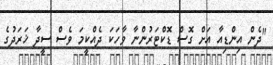
"ދެން އިންޑިއާ އަށް ގޮސް ޑޮކްޓަރުންނާ ވާހަކަ ދެއްކީމަ ވެސް ސީދާ ޚަރަދުގެ